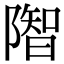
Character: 𨼓